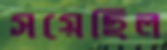
সয়েছিল